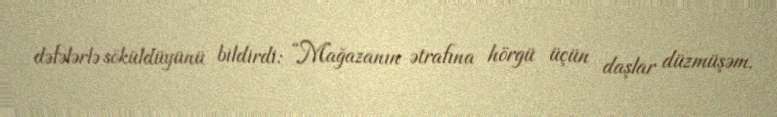
dəfələrlə söküldüyünü bildirdi: “Mağazanın ətrafına hörgü üçün daşlar düzmüşəm.